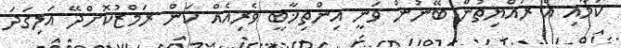
ކަމާއި އެ ރައްޔިތުން ބޭނުން ވަނީ އިންތިޚާބީ ވެރިއެއް ކަން ރަމްޒުކޮށްދޭ އަލިގަދަ